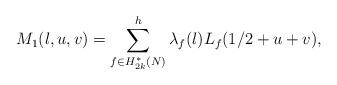
LaTeX: \begin{align*}M_1(l,u,v)=\sum_{f \in H_{2k}^{*}(N)}^{h}\lambda_f(l)L_f(1/2+u+v),\end{align*}